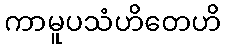
ကာမူပသံဟိတေဟိ